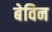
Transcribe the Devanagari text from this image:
बेविन